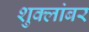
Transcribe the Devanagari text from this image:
शुक्लांबर